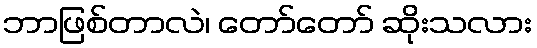
ဘာဖြစ်တာလဲ၊ တော်တော် ဆိုးသလား